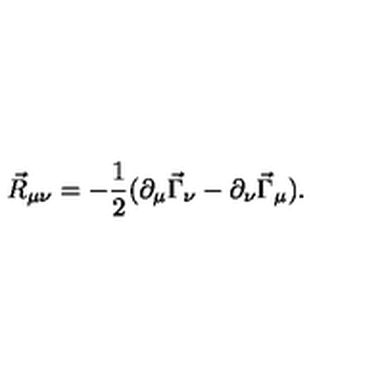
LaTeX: \vec { R } _ { \mu \nu } = - \frac { 1 } { 2 } ( \partial _ { \mu } \vec { \Gamma } _ { \nu } - \partial _ { \nu } \vec { \Gamma } _ { \mu } ) .